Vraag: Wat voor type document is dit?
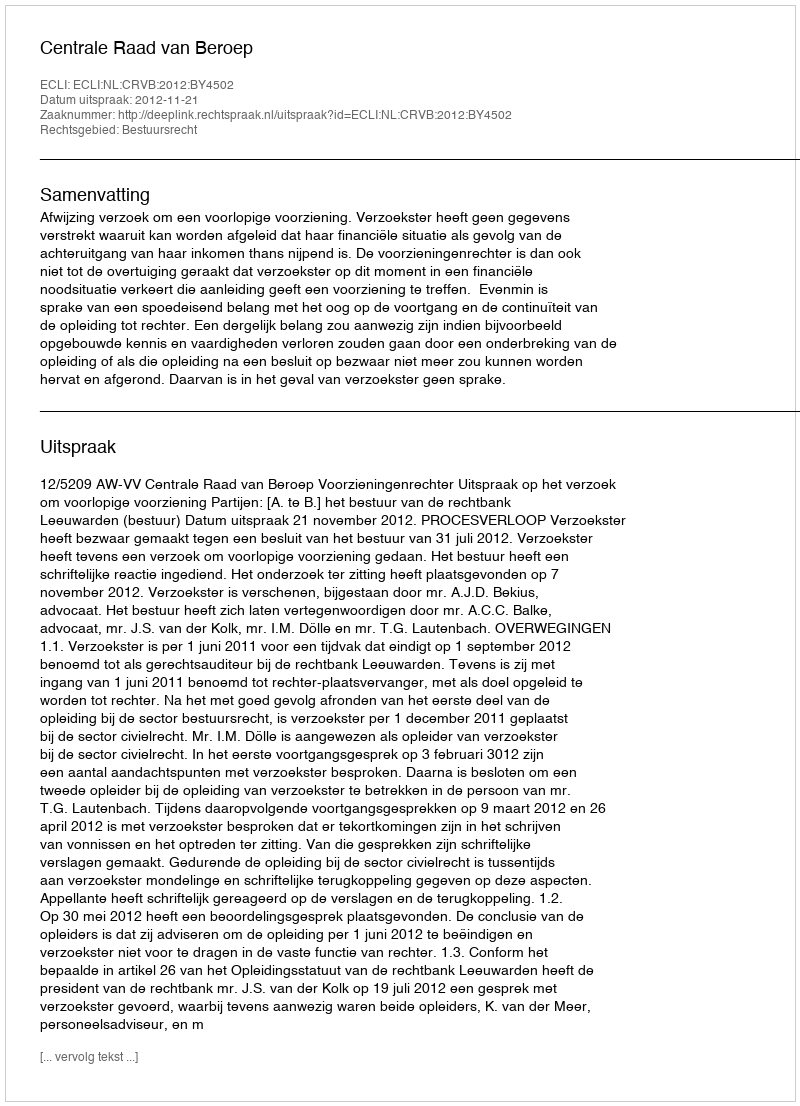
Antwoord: Uitspraak